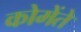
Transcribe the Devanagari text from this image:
कोमेंते